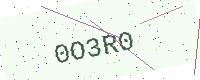
Text: 0O3R0